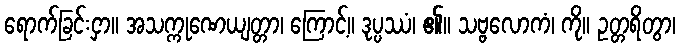
ရောက်ခြင်းငှာ။ အသက္ကုဏေယျတ္တာ၊ ကြောင့်။ ဒုပ္ပဿံ၊ ၏။ သဗ္ဗလောကံ၊ ကို။ ဥတ္တရိတွာ၊